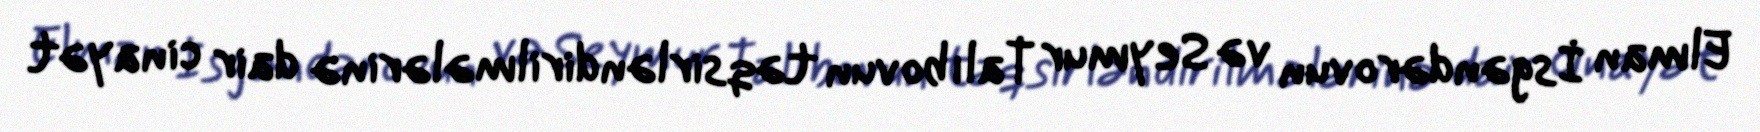
Elman İsgəndərovun və Seymur Talıbovun təqsirləndirilmələrinə dair cinayət